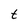
Character: t